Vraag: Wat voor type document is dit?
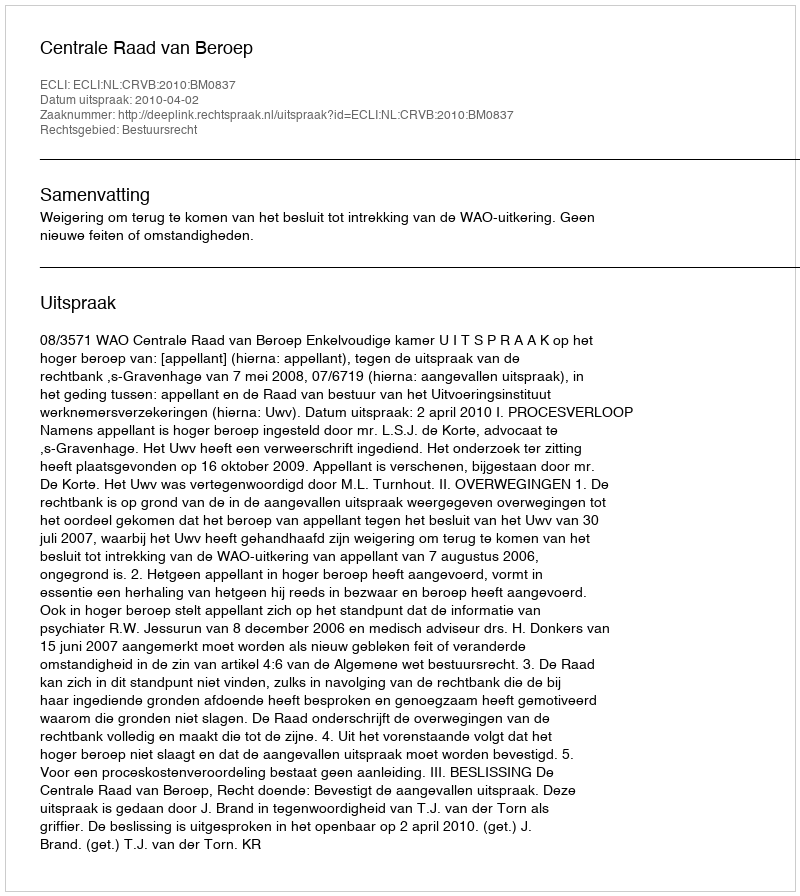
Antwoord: Uitspraak